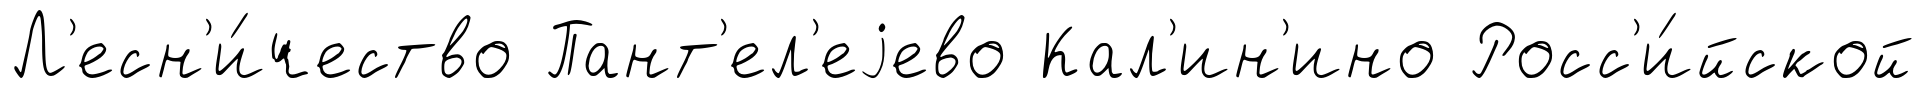
Л'есн'и́чество Пант'ел'еjево Кал'ин'ино Росс'и́йской